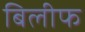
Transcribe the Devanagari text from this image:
बिलीफ